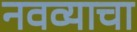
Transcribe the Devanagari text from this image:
नवव्याचा